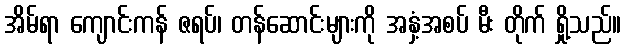
အိမ်ရာ ကျောင်းကန် ဇရပ်၊ တန်ဆောင်းများကို အနှံ့အစပ် မီး တိုက် ရှို့သည်။